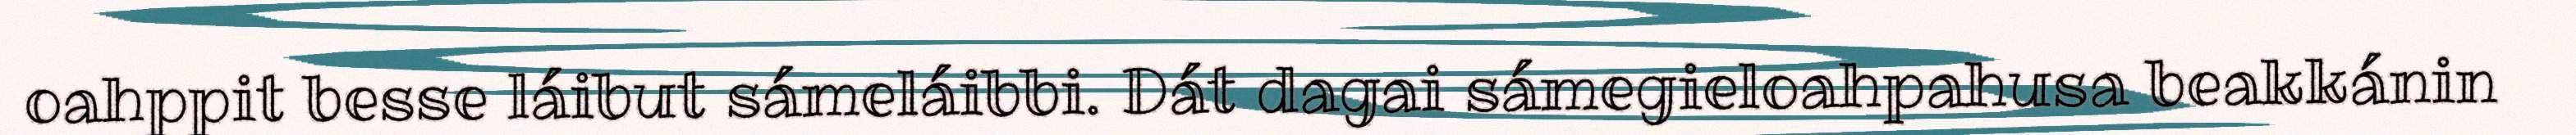
oahppit besse láibut sámeláibbi. Dát dagai sámegieloahpahusa beakkánin